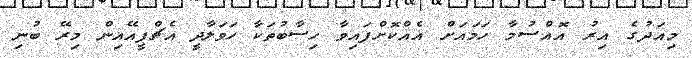
މިއަދުގެ އިރު އޮއްސުމާ ހަމައަށް އެއްކޮށްފައިވާ ހިސާބުތަކާ ހަވަލާދީ އެޗްޕީއޭއިން މިރޭ ބުނި